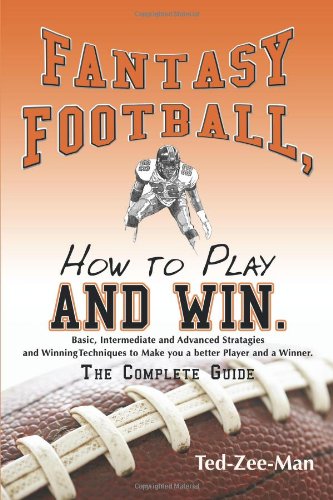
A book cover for Fantasy Football, How to Play and Win.: The Complete Guide; Ted-Zee-Man Ted-Zee-Man; Humor & Entertainment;